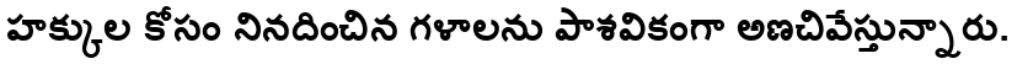
హక్కుల కోసం నినదించిన గళాలను పాశవికంగా అణచివేస్తున్నారు.